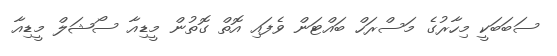
ސަބަބަކީ މިހާރުގެ މަސްރަހް ބައްޓަން ވެފައި އޮތް ގޮތުން މީޑިއާ ސޯޝަލް މީޑިއާ